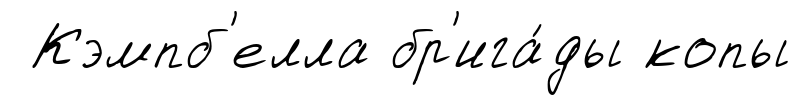
Кэмпб'елла бр'ига́ды копы